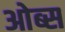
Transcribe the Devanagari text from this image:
ओब्स